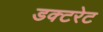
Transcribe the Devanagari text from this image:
डक्टरेट